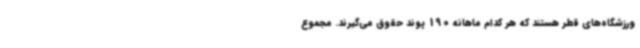
ورزشگاه‌های قطر هستند که هر کدام ماهانه 190 پوند حقوق می‌گیرند. مجموع